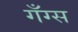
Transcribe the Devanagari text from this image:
गँग्स